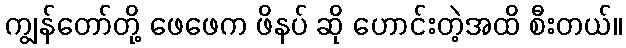
ကျွန်တော်တို့ ဖေဖေက ဖိနပ် ဆို ဟောင်းတဲ့အထိ စီးတယ်။